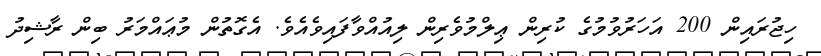
ހިޖުރައިން 200 އަހަރުވުމުގެ ކުރިން ޢިލްމުވެރިން ލިއުއްވާފައިވެއެވެ. އެގޮތުން މުޢައްމަރު ބިން ރާޝިދު